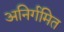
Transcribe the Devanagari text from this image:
अनिर्गमित